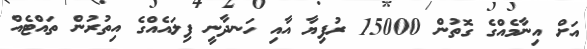
އަށް އިނާމެއްގެ ގޮތުން 15000 ރުފިޔާ އާއި ހަނދާނީ ފިލައެއްގެ އިތުރުން ތައްޓެއް